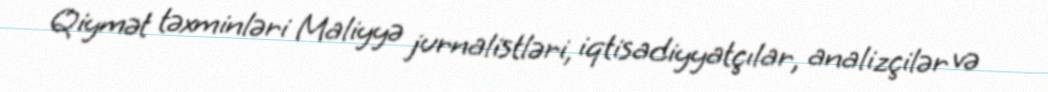
Qiymət təxminləri Maliyyə jurnalistləri, iqtisadiyyatçılar, analizçilər və